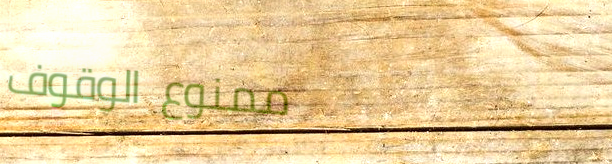
ممنوع الوقوف